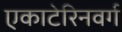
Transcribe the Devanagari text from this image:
एकाटेरिनवर्ग